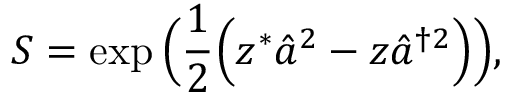
S = \exp \Big ( \frac { 1 } { 2 } \Big ( z ^ { * } \hat { a } ^ { 2 } - z \hat { a } ^ { \dagger 2 } \Big ) \Big ) ,